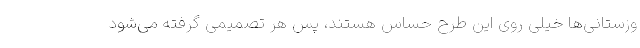
وزستانی‌ها خیلی روی این طرح حساس هستند، پس هر تصمیمی گرفته می‌شود